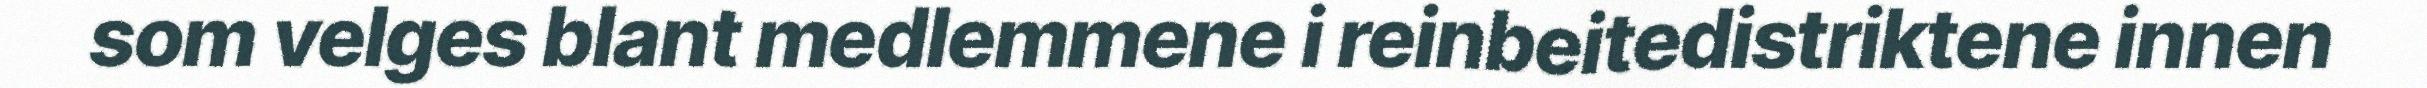
som velges blant medlemmene i reinbeitedistriktene innen